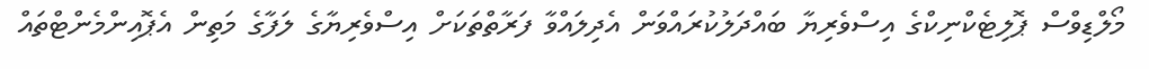
މޯލްޑިވްސް ޕޮލިޓެކްނިކްގެ އިސްވެރިޔާ ބައްދަލުކުރައްވަން އެދިލައްވާ ފަރާތްތަކަށް އިސްވެރިޔާގެ ލަފާގެ މަތިން އެޕޮއިންމެންޓްތައް